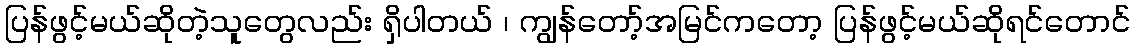
ပြန်ဖွင့်မယ်ဆိုတဲ့သူတွေလည်း ရှိပါတယ် ၊ ကျွန်တော့်အမြင်ကတော့ ပြန်ဖွင့်မယ်ဆိုရင်တောင်